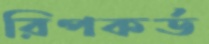
রিপকর্ড